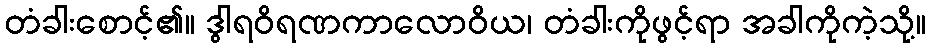
တံခါးစောင့်၏။ ဒွါရဝိရဏကာလောဝိယ၊ တံခါးကိုဖွင့်ရာ အခါကိုကဲ့သို့။